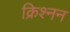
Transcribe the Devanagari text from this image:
क्रिश्नन